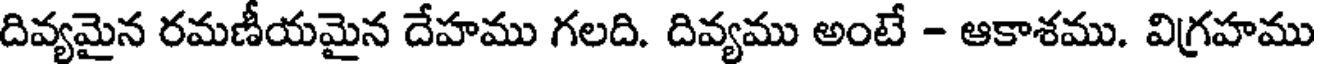
దివ్యమైన రమణీయమైన దేహము గలది. దివ్యము అంటే - ఆకాశము. విగ్రహము